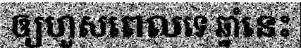
ឲ្យហួសពេលទេ ឆ្នាំនេះ